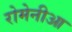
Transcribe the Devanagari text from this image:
रोमेनीआ